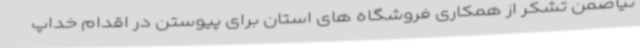
نیاضمن تشکر از همکاری فروشگاه های استان برای پیوستن در اقدام خداپ